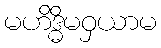
မဟိဒ္ဓိမဝှယာမ